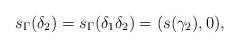
\begin{align*} s_\Gamma(\delta_2)=s_\Gamma(\delta_1\delta_2) = (s(\gamma_2),0),\end{align*}